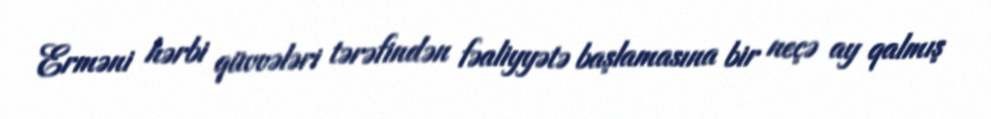
Erməni hərbi qüvvələri tərəfindən fəaliyyətə başlamasına bir neçə ay qalmış